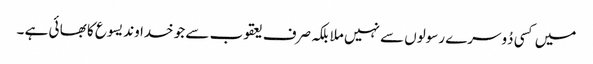
میں کسی دُوسرے رسولوں سے نہیں ملا بلکہ صرف یعقوب سے جو خدا وند یسوع کا بھا ئی ہے ۔